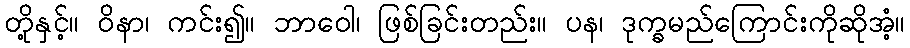
တို့နှင့်။ ဝိနာ၊ ကင်း၍။ ဘာဝေါ၊ ဖြစ်ခြင်းတည်း။ ပန၊ ဒုက္ခမည်ကြောင်းကိုဆိုအံ့။